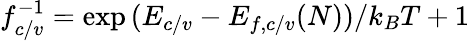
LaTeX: f_{c/v}^{-1}=\exp{(E_{c/v}-E_{f,c/v}(N))/k_{B}T}+1